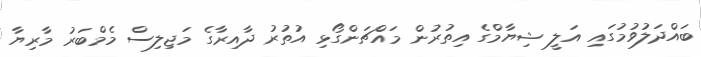
ބައްދަލުވުމުގައި އަލީ ޝިޔާމްގެ އިތުރުން މައްޗަންގޯޅި އުތުރު ދާއިރާގެ މަޖިލިސް މެމްބަރު މާރިޔާ